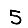
Digit: 5